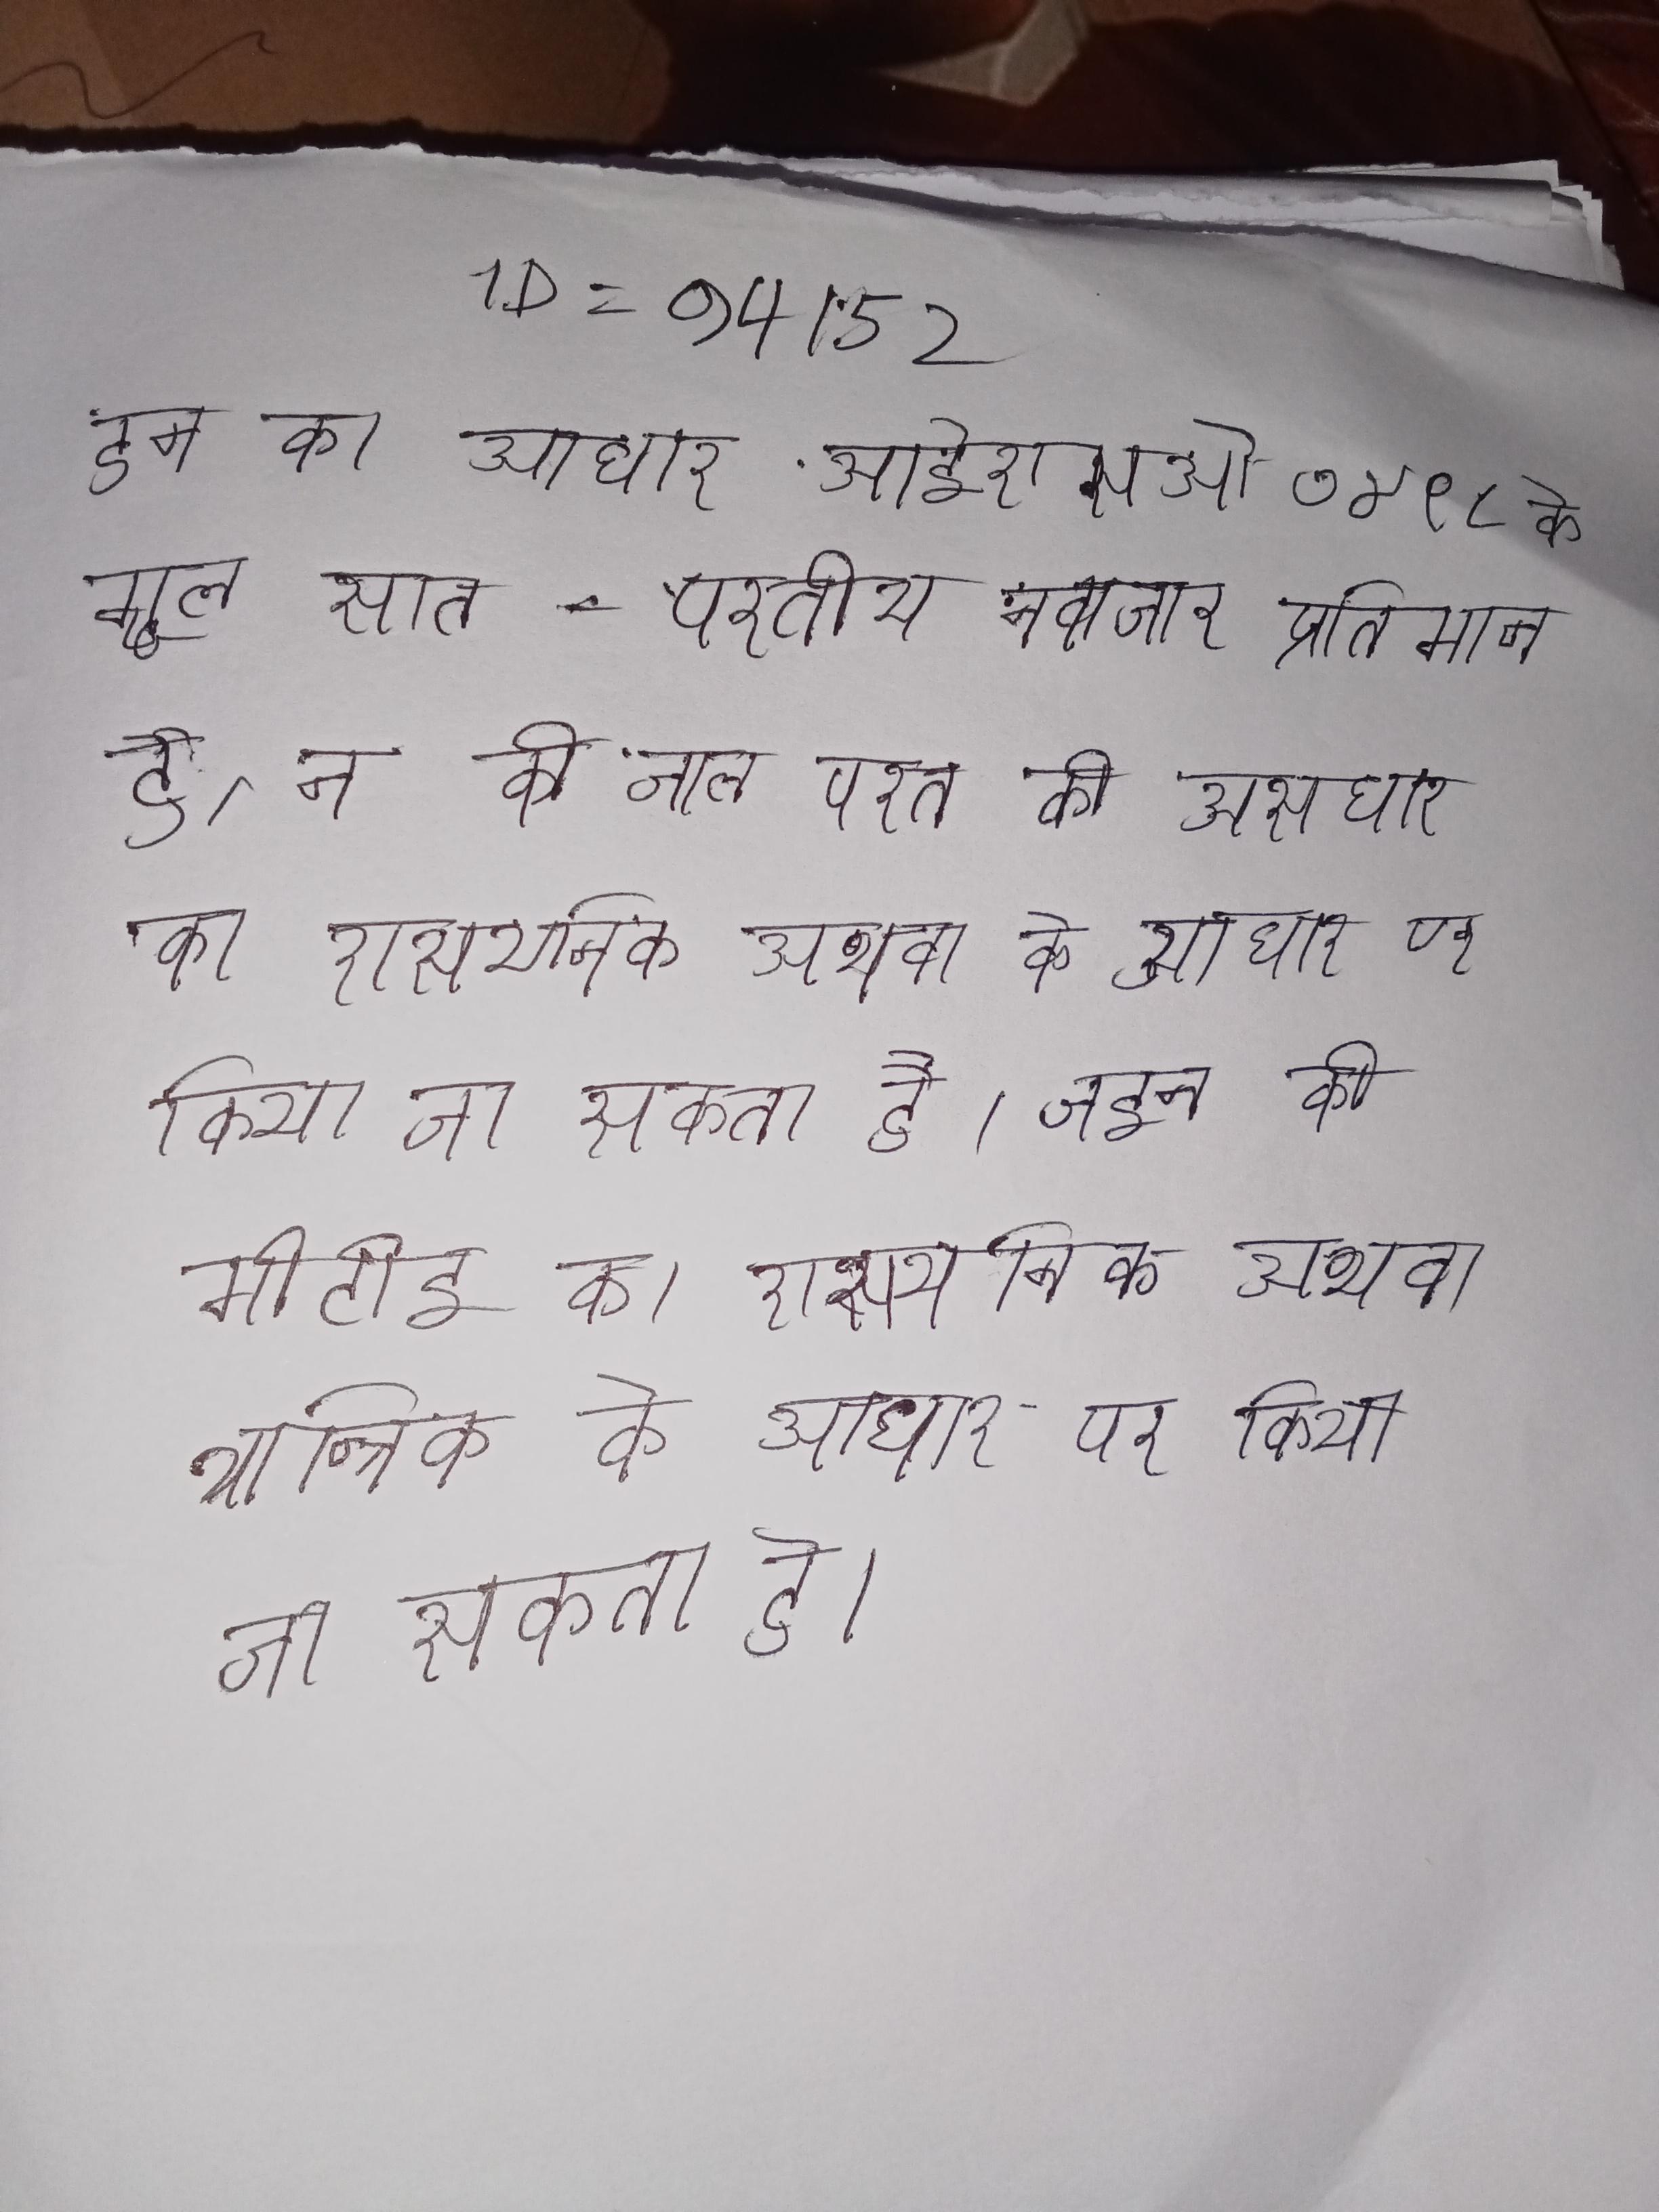
इन का आधार आईएसओ ७४९८ के मूल सात-परतीय नवाचार प्रतिमान है, न कि जाल परत के सुधार आदि । इन की मोटाई का रासायनिक अथवा के आधार पर किया जा सकता है । इन की मोटाई का रासायनिक अथवा यान्त्रिक के आधार पर किया जा सकता है ।